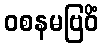
ဝစနမဗြဝိံ